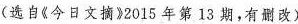
(选自《今日文摘》2015年第13期，有副改)